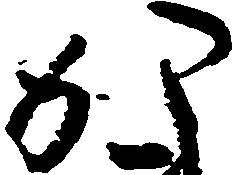
か